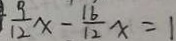
\frac { 9 } { 1 2 } x - \frac { 1 6 } { 1 2 } x = 1